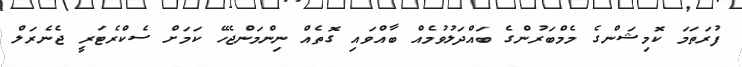
ފުރަތަމަ ކޮމިޝަންގެ މެމްބަރުންގެ ބައްދަލުވުމެއް ބާއްވައި ގޮތެއް ނިންމަންޖެހޭ ކަމަށް ސެކްރެޓަރީ ޖެނެރަލް